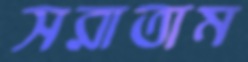
সরাতাম